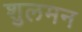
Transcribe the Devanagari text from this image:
शुलमन